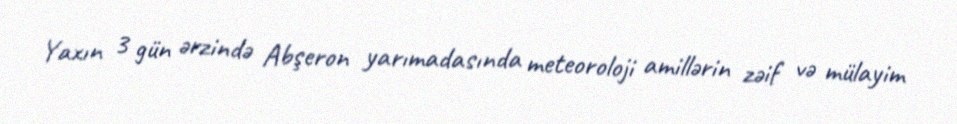
Yaxın 3 gün ərzində Abşeron yarımadasında meteoroloji amillərin zəif və mülayim